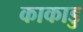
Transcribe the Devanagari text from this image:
काकाडु